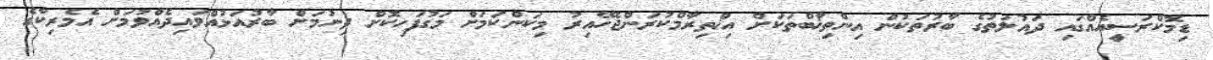
ޑިމޮކްރަސީއެއްގައި ދައުލަތުގެ ބާރުތަކުން އިންތިޚާބްތަކަށް އިޚްތިރާމްކުރަންޖެހޭއިރު މިކަންކަމަށް މަގުފަހިކޮށް ދިނުމަށް ބާރުއަޅުއްވައިދެއްވުމަށް އެމެރިކާގެ